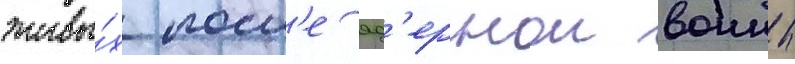
живы́х посл'е яд'ернои воины